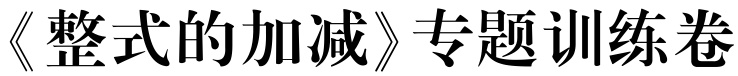
《整式的加减》专题训练卷